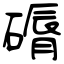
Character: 磭